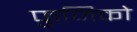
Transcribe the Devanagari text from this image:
फुजिको